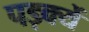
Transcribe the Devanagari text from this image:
पड़क्यें